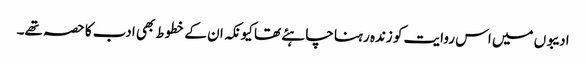
ادیبوں میں اس روایت کو زندہ رہنا چاہئے تھا کیونکہ ان کے خطوط بھی ادب کا حصہ تھے۔